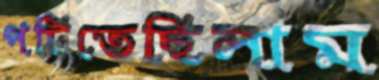
পটিতেছিলাম